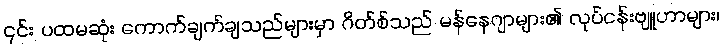
၎င်း ပထမဆုံး ကောက်ချက်ချသည်များမှာ ဂိတ်စ်သည် မန်နေဂျာများ၏ လုပ်ငန်းဗျူဟာများ၊